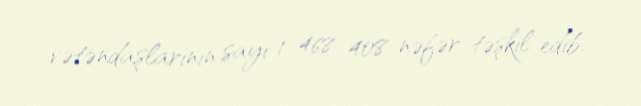
vətəndaşlarının sayı 1 468 408 nəfər təşkil edib.